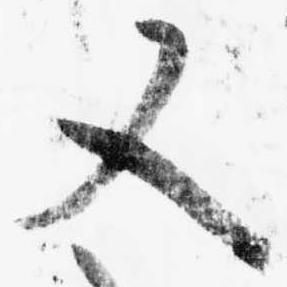
又